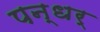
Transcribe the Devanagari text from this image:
पन्धर्